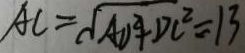
A C = \sqrt { A D ^ { 2 } + D C ^ { 2 } } = 1 3